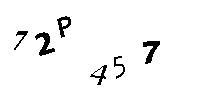
72P457